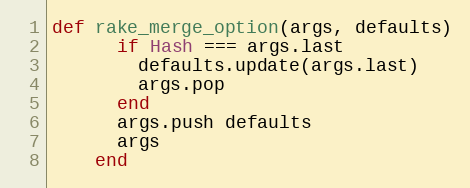
Language: Ruby
def rake_merge_option(args, defaults)
      if Hash === args.last
        defaults.update(args.last)
        args.pop
      end
      args.push defaults
      args
    end